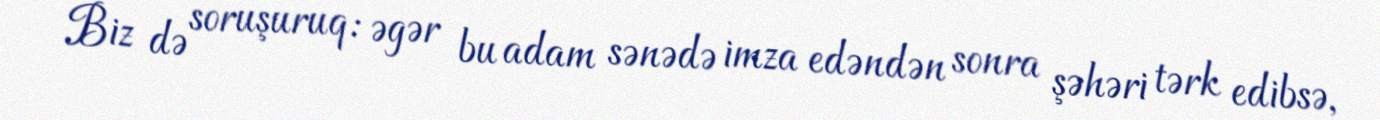
Biz də soruşuruq: əgər bu adam sənədə imza edəndən sonra şəhəri tərk edibsə,